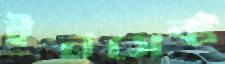
ইনসেক্ট